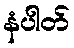
နံပါတ်